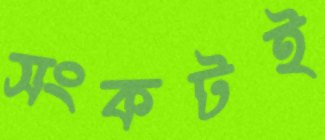
সংকটই